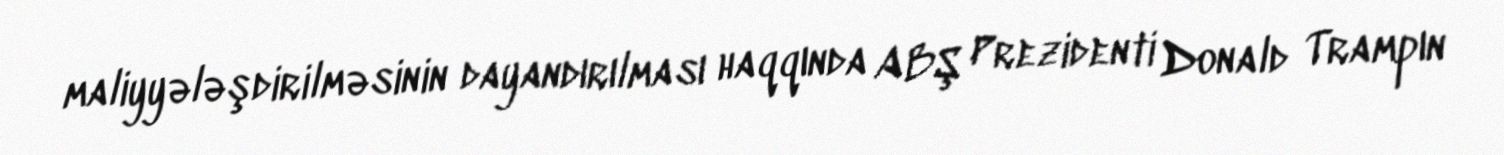
maliyyələşdirilməsinin dayandırılması haqqında ABŞ Prezidenti Donald Trampın